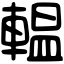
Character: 輼